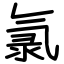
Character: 氯